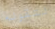
لتقوله